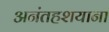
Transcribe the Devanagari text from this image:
अनंतहशयाना